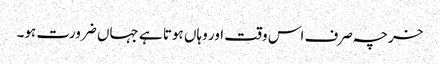
خرچہ صرف اس وقت اور وہاں ہوتا ہے جہاں ضرورت ہو۔